Lunatic asylums Madras 1877-1891 - 1877-1891
Year: 1877
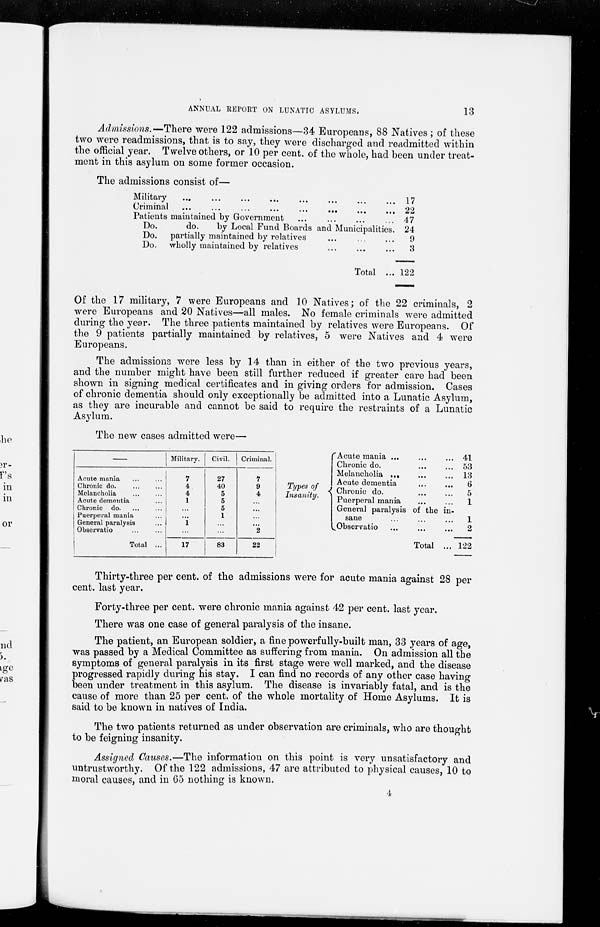
13
ANNUAL REPORT ON LUNATIC ASYLUMS.
Admissions.— There were 122 admissions—34 Europeans, 88 Natives ; of these
two were readmissions, that is to say, they were discharged and readmitted within
the official year. Twelve others, or 10 per cent. of the whole, had been under treat-
ment in this asylum on some former occasion.
The admissions consist of—
Military
...
...
...
...
...
...
...
...
Criminal ... ... ... ... ... ... ... ...
Patients maintained by Government ... ... ... ...
Do. do. by Local Fund Boards and Municipalities.
Do. partially maintained by relatives ... ... ...
Do. wholly maintained by relatives ... ... ...
Total ...
17
22
47
24
9
3
122
Of the 17 military, 7 were Europeans and 10 Natives; of the 22 criminals, 2
were Europeans and 20 Natives—all males. No female criminals were admitted
during the year. The three patients maintained by relatives were Europeans. Of
the 9 patients partially maintained by relatives, 5 were Natives and 4 were
Europeans.
The admissions were less by 14 than in either of the two previous years,
and the number might have been still further reduced if greater care had been
shown in signing medical certificates and in giving orders for admission. Cases
of chronic dementia should only exceptionally be admitted into a Lunatic Asylum,
as they are incurable and cannot be said to require the restraints of a Lunatic
Asylum.
The new cases admitted were—
Acute mania ... ...
Chronic do. ... ...
Melancholia ... ...
Acute dementia ...
Chronic do. ... ...
Puerperal mania ...
General paralysis ...
Observatio ... ...
Total ...
Military.
7
4
4
1
...
...
1
...
17
Civil.
27
40
5
5
5
1
...
...
83
Criminal.
7
9
4
...
...
...
...
2
22
Types of
Insanity.
Acute mania ...
...
...
Chronic do.
...
...
Melancholia
...
...
Acute dementia ... ...
Chronic do. ... ...
Puerperal mania
...
...
General paralysis of the in-
sane
...
...
...
Observatio
...
...
...
Total ...
41
53
13
6
5
1
1
2
122
Thirty-three per cent. of the admissions were for acute mania against 28 per
cent. last year.
Forty-three per cent. were chronic mania against 42 per cent. last year.
There was one case of general paralysis of the insane.
The patient, an European soldier, a fine powerfully-built man, 33 years of age,
was passed by a Medical Committee as suffering from mania. On admission all the
symptoms of general paralysis in its first stage were well marked, and the disease
progressed rapidly during his stay. I can find no records of any other case having
been under treatment in this asylum. The disease is invariably fatal, and is the
cause of more than 25 per cent. of the whole mortality of Home Asylums. It is
said to be known in natives of India.
The two patients returned as under observation are criminals, who are thought
to be feigning insanity.
Assigned Causes.—The information on this point is very unsatisfactory and
untrustworthy. Of the 122 admissions, 47 are attributed to physical causes, 10 to
moral causes, and in 65 nothing is known.
4